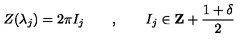
Z ( \lambda _ { j } ) = 2 \pi I _ { j } \qquad , \qquad I _ { j } \in \mathbf { Z } + \frac { 1 + \delta } { 2 }